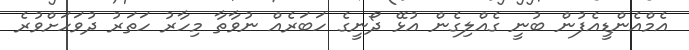
އެމްއެންޑީއެފުން ބުނީ ގެއްލިގެން އުޅޭ ދޯނީގެ ހަބަރެއް ނުވާތާ މިހާރު ހަތަރު ދުވަހަށްވުރެ